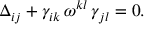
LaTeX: \Delta _ { i j } + \gamma _ { i k } \, \omega ^ { k l } \, \gamma _ { j l } = 0 .